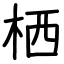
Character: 栖